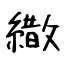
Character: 繖